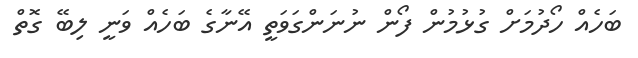
ބަހެއް ހޯދުމަށް ގުޅުމުން ފޯން ނުނަންގަވަތީ އޭނާގެ ބަހެއް ވަނީ ލިބޭ ގޮތް